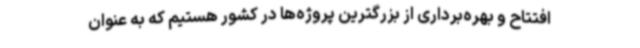
افتتاح و بهره‌برداری از بزرگترین پروژه‌ها در کشور هستیم که به عنوان